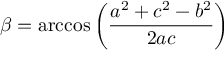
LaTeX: \beta = \operatorname { a r c c o s } \left( { \frac { a ^ { 2 } + c ^ { 2 } - b ^ { 2 } } { 2 a c } } \right)